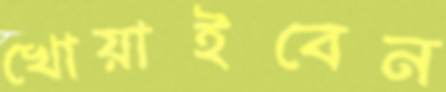
খোয়াইবেন